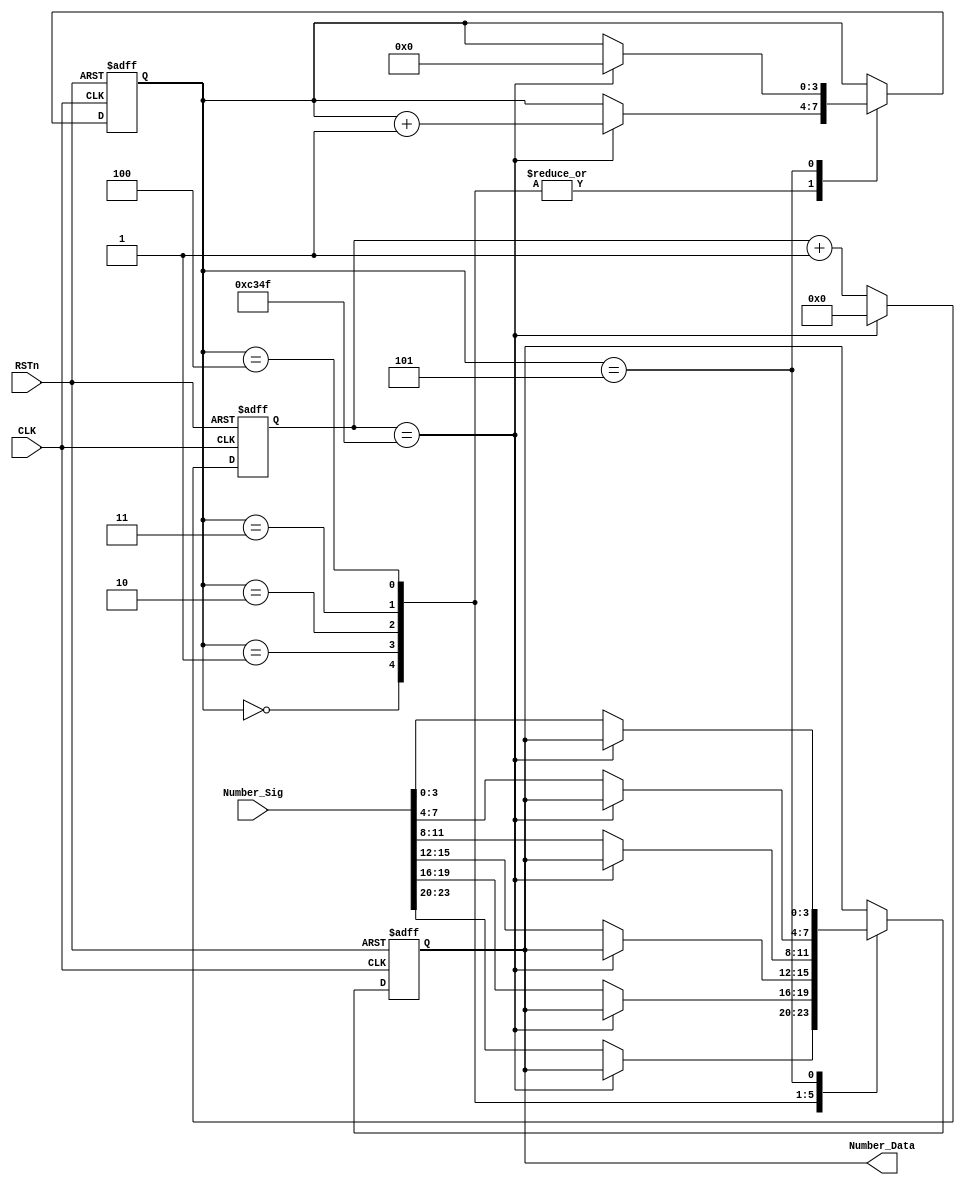
/******************************************/  
//                            //
/******************************************/  
module smg_control_module
(
    input CLK,
	 input RSTn,
	 input [23:0]Number_Sig,
	 output [3:0]Number_Data
);

    /******************************************/    
	 
	 parameter T1MS = 16'd49999;            //1ms
	 
	 /******************************************/  
	 
	  reg [15:0]C1;
	 
	 always @ ( posedge CLK or negedge RSTn )
	     if( !RSTn )
		      C1 <= 16'd0;
		  else if( C1 == T1MS )
		      C1 <= 16'd0;
		  else
		      C1 <= C1 + 1'b1;
	 
	 /******************************************/ 
	 
	 reg [3:0]i;
	 reg [3:0]rNumber;
	 
	 always @ ( posedge CLK or negedge RSTn )
	     if( !RSTn )
		      begin
		          i <= 4'd0;
			    	 rNumber <= 4'd0;
				end
		  else 
		      case( i )
				
				    0:
					 if( C1 == T1MS ) i <= i + 1'b1;
					 else rNumber <= Number_Sig[23:20];          //           
	
					 1:
					 if( C1 == T1MS ) i <= i + 1'b1;
					 else rNumber <= Number_Sig[19:16];          //
					 
					 2:
					 if( C1 == T1MS ) i <= i + 1'b1;
					 else rNumber <= Number_Sig[15:12];          //
					 
					 3:
					 if( C1 == T1MS ) i <= i + 1'b1;
					 else rNumber <= Number_Sig[11:8];           //
					 
					 4:
					 if( C1 == T1MS ) i <= i + 1'b1;
					 else rNumber <= Number_Sig[7:4];            //
					 
					 5:
					 if( C1 == T1MS ) i <= 4'd0;
					 else rNumber <= Number_Sig[3:0];            //
				
				endcase
				
    /******************************************/ 
	 
	 assign Number_Data = rNumber;
	 
	 /******************************************/
	 
endmodule